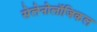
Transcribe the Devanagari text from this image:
सेलेनोलॉजिकल